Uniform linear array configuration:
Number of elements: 4
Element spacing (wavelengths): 0.75
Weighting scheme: exponential
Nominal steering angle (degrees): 60
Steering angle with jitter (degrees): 59.766
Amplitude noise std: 0.05
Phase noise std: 0.05

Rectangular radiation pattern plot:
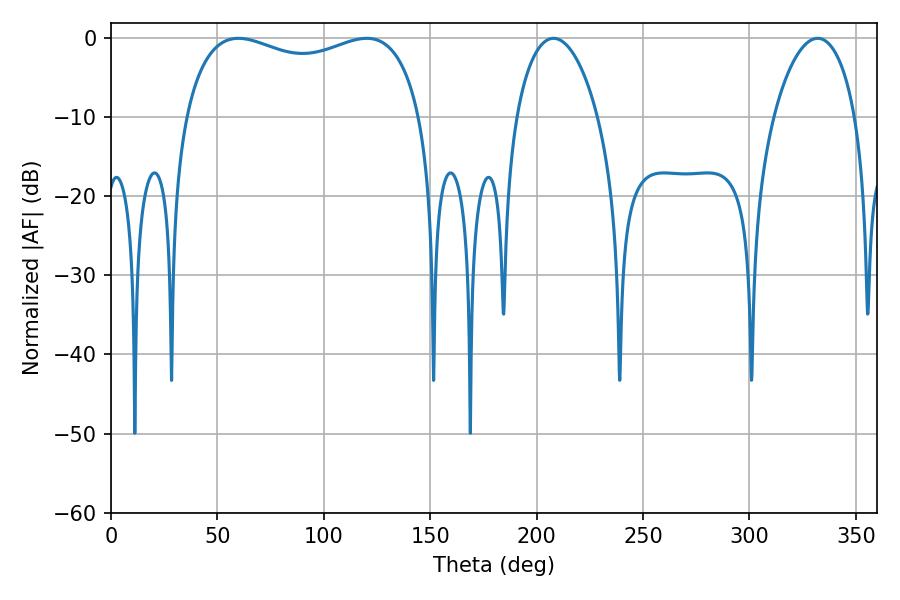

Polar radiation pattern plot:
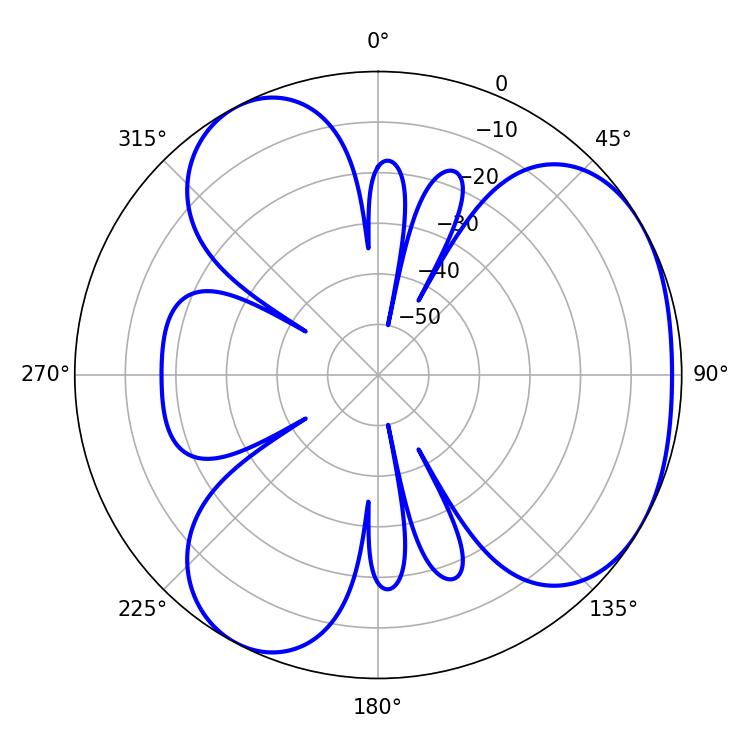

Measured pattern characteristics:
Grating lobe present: TRUE
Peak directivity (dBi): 3.832
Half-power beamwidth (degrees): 21.78
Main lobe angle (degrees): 207.9